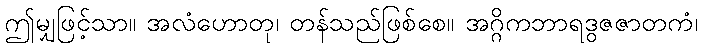
ဤမျှဖြင့်သာ။ အလံဟောတု၊ တန်သည်ဖြစ်စေ။ အဂ္ဂိကဘာရဒွဇဇာတကံ၊